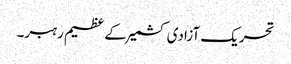
تحریک آزادی کشمیر کے عظیم رہبر۔